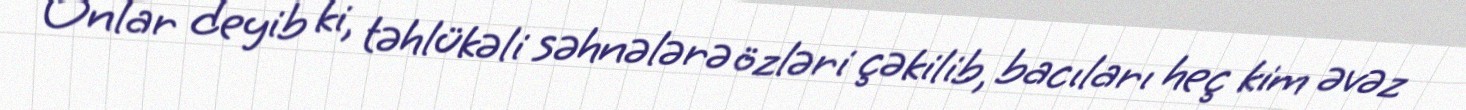
Onlar deyib ki, təhlükəli səhnələrə özləri çəkilib, bacıları heç kim əvəz